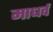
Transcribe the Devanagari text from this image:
माधर्व